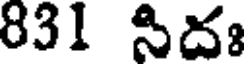
831 సిదః